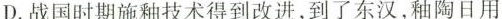
D.战国时期施釉技术得到改进,到了东汉,釉陶日用